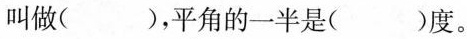
叫做()，平角的一半是()度。